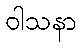
ဝါသနာ